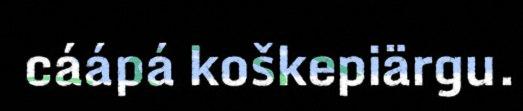
cáápá koškepiärgu.